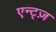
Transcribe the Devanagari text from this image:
एन्ट्ज़